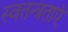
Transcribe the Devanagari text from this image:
स्वतन्त्रताएं